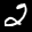
Label: 2